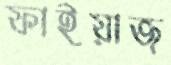
ফাইয়াজ